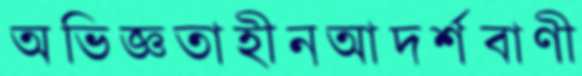
অভিজ্ঞতাহীনআদর্শবাণী